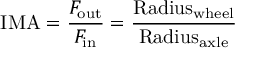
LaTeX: \mathrm { I M A } = { \frac { F _ { \mathrm { o u t } } } { F _ { \mathrm { i n } } } } = { \frac { \mathrm { R a d i u s } _ { \mathrm { w h e e l } } } { \mathrm { R a d i u s } _ { \mathrm { a x l e } } } }